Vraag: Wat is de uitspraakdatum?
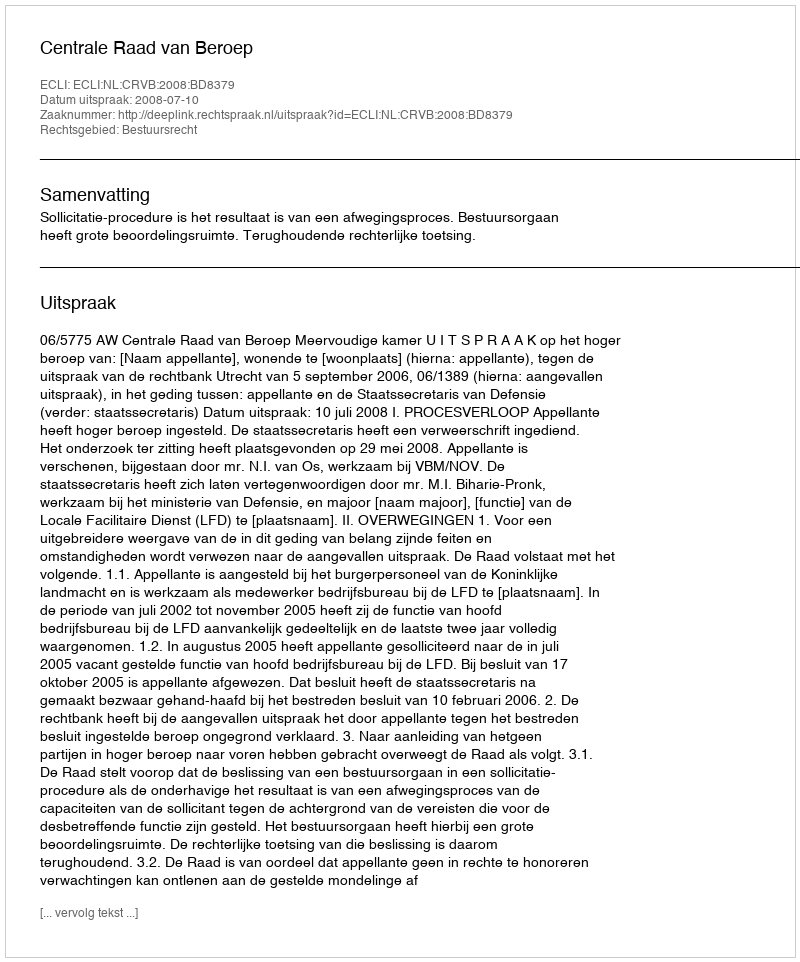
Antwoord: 2008-07-10